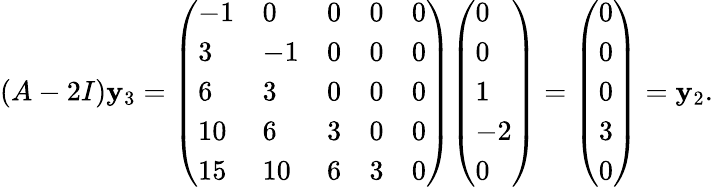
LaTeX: (A-2I)\mathbf{y}_{3}={\left(\begin{array}{lllll}{-1}&{0}&{0}&{0}&{0}\\ {3}&{-1}&{0}&{0}&{0}\\ {6}&{3}&{0}&{0}&{0}\\ {10}&{6}&{3}&{0}&{0}\\ {15}&{10}&{6}&{3}&{0}\end{array}\right)}{\left(\begin{array}{l}{0}\\ {0}\\ {1}\\ {-2}\\ {0}\end{array}\right)}={\left(\begin{array}{l}{0}\\ {0}\\ {0}\\ {3}\\ {0}\end{array}\right)}=\mathbf{y}_{2}.